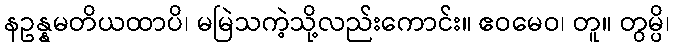
နဥန္နမတိယထာပိ၊ မမြဲသကဲ့သို့လည်းကောင်း။ ဧဝမေဝ၊ တူ။ တွမ္ပိ၊